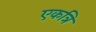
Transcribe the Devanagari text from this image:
एकत्रि